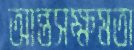
আন্তসক্ষমতা